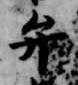
弁